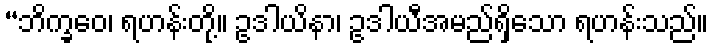
“ဘိက္ခဝေ၊ ရဟန်းတို့။ ဥဒါယိနာ၊ ဥဒါယီအမည်ရှိသော ရဟန်းသည်။